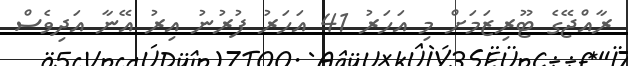
ރާއްޖޭގެ ޓޫރިޒަމަށް މި އަހަރު 41 އަހަރު ފުރުނު އިރު އޭނާ އަދިވެސް